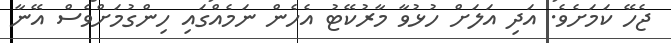
ޖެހޭ ކަމަށެވެ. އަދި އަލަށް ހުޅުވާ މާރުކޭޓު އެހެން ނަމެއްގައި ހިންގުމަށްވެސް އޭނާ